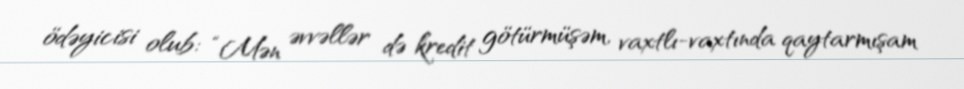
ödəyicisi olub: “Mən əvvəllər də kredit götürmüşəm, vaxtlı-vaxtında qaytarmışam